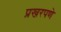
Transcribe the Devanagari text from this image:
प्रखरपणे